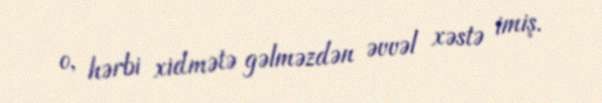
o, hərbi xidmətə gəlməzdən əvvəl xəstə imiş.